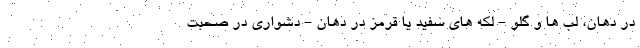
در دهان، لب ها و گلو - لکه های سفید یا قرمز در دهان - دشواری در صحبت